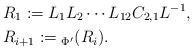
LaTeX: \begin{align*}&R_1:= L_1L_2\cdots L_{12} C_{2,1}L^{-1}, \\ &R_{i+1}:={}_{\Phi^\prime}(R_i).\end{align*}